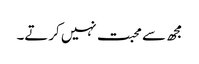
مجھ سے محبت نہیں کرتے۔